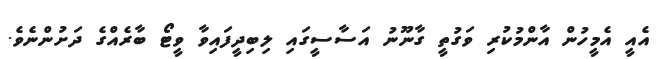
އެއީ އެމީހުން އާންމުކުރި ވަގުތީ ގާނޫނު އަސާސީގައި ލިބިދީފައިވާ ވީޓޯ ބާރެއްގެ ދަށުންނެވެ.